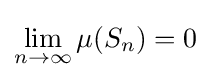
\lim _{n\to \infty }\mu (S_{n})=0